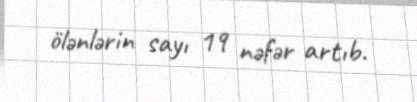
ölənlərin sayı 19 nəfər artıb.